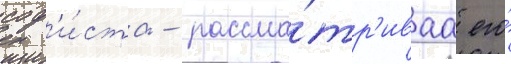
соф'и́ста - рассма́тр'иваа его́